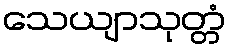
သေယျာသုတ္တံ